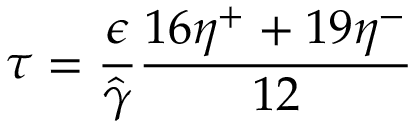
\tau = \frac { \epsilon } { { \hat { \gamma } } } \frac { 1 6 \eta ^ { + } + 1 9 \eta ^ { - } } { 1 2 }